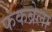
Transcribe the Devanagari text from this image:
फंकब्रेला